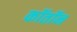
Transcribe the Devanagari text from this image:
कॉतॉन